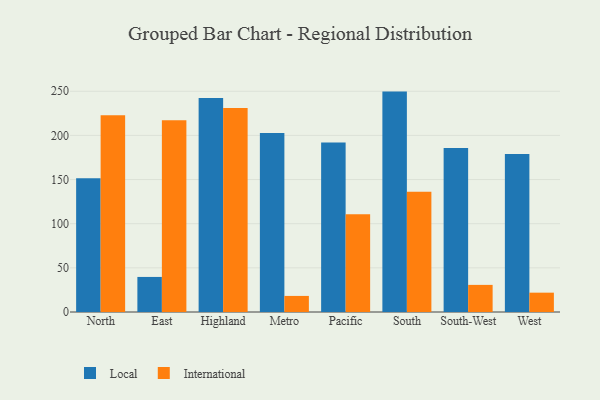
{"axis": {"x": "Region", "y": "Gross Profit (USD K)"}, "legend": ["International", "Local"], "data": [{"x": "North", "y": 151.4, "type": "Local"}, {"x": "North", "y": 222.7, "type": "International"}, {"x": "East", "y": 39.7, "type": "Local"}, {"x": "East", "y": 217.1, "type": "International"}, {"x": "Highland", "y": 242.4, "type": "Local"}, {"x": "Highland", "y": 231.0, "type": "International"}, {"x": "Metro", "y": 202.6, "type": "Local"}, {"x": "Metro", "y": 18.2, "type": "International"}, {"x": "Pacific", "y": 191.9, "type": "Local"}, {"x": "Pacific", "y": 110.8, "type": "International"}, {"x": "South", "y": 249.6, "type": "Local"}, {"x": "South", "y": 136.2, "type": "International"}, {"x": "South-West", "y": 185.7, "type": "Local"}, {"x": "South-West", "y": 30.7, "type": "International"}, {"x": "West", "y": 179.0, "type": "Local"}, {"x": "West", "y": 21.9, "type": "International"}]}